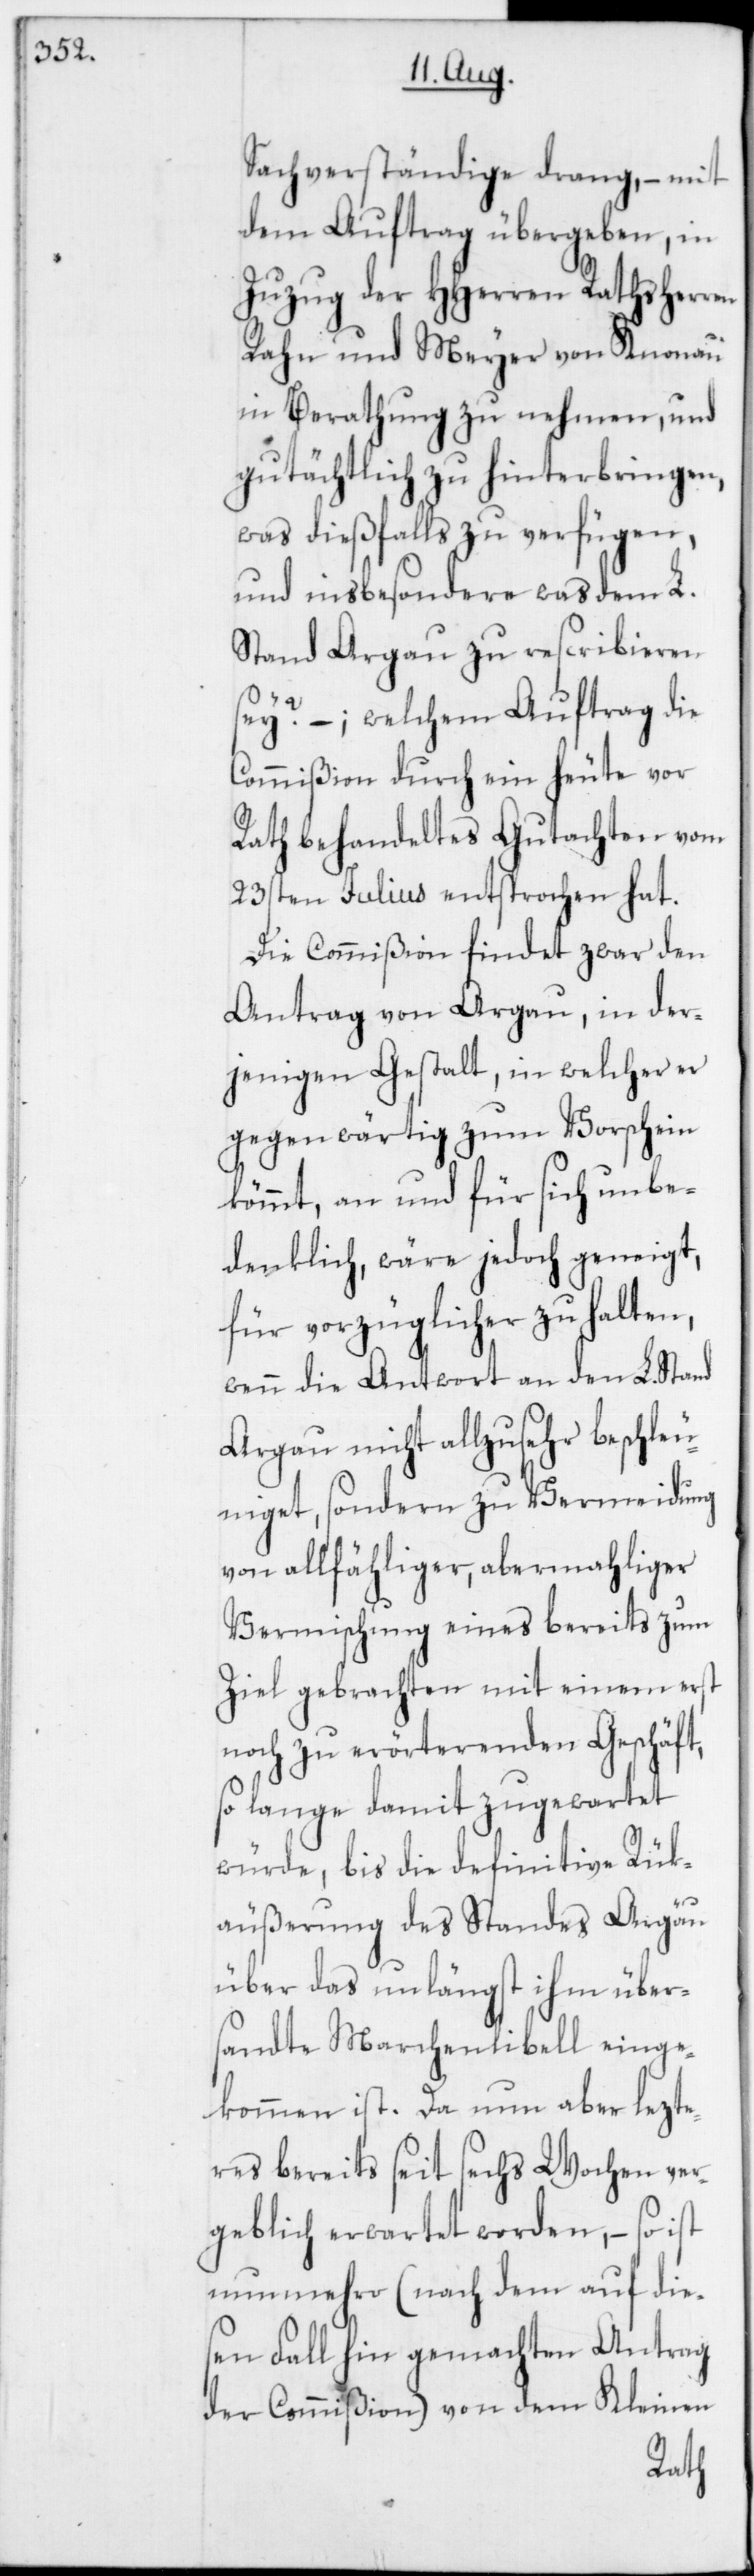
Sachverständige drang, – mit
dem Auftrag übergeben, in
Zuzug der HHerren Rathsherren
Rahn und Meyer von Knonau
in Berathung zu nehmen, und
gutächtlich zu hinterbringen,
was dießfalls zu verfügen,
und insbesondere was dem L.
Stand Argau zu rescribieren
sey? –; welchem Auftrag die
Commißion durch ein heute vor
Rath behandeltes Gutachten vom
23sten Julius entsprochen hat.
Die Commißion findet zwar den
Antrag von Argau, in der¬
jenigen Gestalt, in welcher er
gegenwärtig zum Vorschein
kömmt, an und für sich unbe¬
denklich, wäre jedoch geneigt,
für vorzüglicher zu halten,
wenn die Antwort an den L. Stand
Argau nicht allzu sehr beschleu¬
niget, sondern zu Vermeidung
von allfähliger, abermahliger
Vermischung eines bereits zum
Ziel gebrachten mit einem erst
noch zu erörterenden Geschäft,
so lange damit zugewartet
würde, bis die definitive Rük¬
äußerung des Standes Argäu
über das unlängst ihm über¬
sandte Marchenlibell einge¬
kommen ist. Da nun aber lezte¬
res bereits seit sechs Wochen ver¬
geblich erwartet worden, – so ist
nunmehro (nach dem auf die¬
sen Fall hin gemachten Antrag
der Commißion) von dem Kleinen